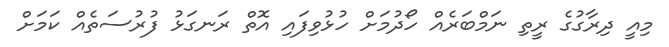
މިއީ ދިރާގުގެ ރީތި ނަމްބަރެއް ހޯދުމަށް ހުޅުވިފައި އޮތް ރަނގަޅު ފުރުސަތެއް ކަމަށް